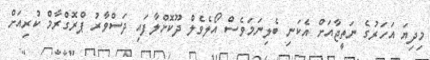
މިދިޔަ އަހަރުގެ ނަތީޖާއަށް އެކަނި ބެލިނަމަވެސް އޯލެވެލް ދޫކޮށްލާފައި ދަސްވާރު ޕްރޮގްރާމް ކުރިއަށް